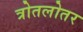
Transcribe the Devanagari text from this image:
त्रोतलोतर